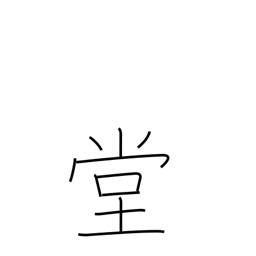
Meaning: public chamber